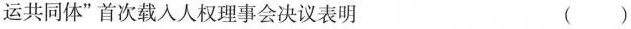
运共同体”首次载入人权理事会决议表明 （）